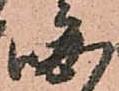
晦